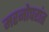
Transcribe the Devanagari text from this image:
मरनोपरांत